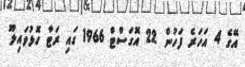
އޭގެ 4 އަހަރެ ފަހުން 22 އޮގަސްޓް 1966 ގައި ރަޓާ ހޮޅުވައިލޫ